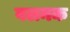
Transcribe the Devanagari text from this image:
वलनक